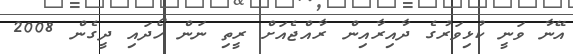
އޭނާ ވަނީ ކުޅިވަރުގެ ދާއިރާއިން ރާއްޖެއަށް ރީތި ނަން ހޯދައި ދީގެން 2008